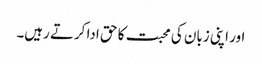
اور اپنی زبان کی محبت کا حق ادا کرتے رہیں۔